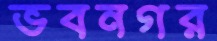
ভবনগর